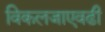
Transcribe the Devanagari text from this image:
विकलजाएवढी